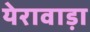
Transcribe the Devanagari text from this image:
येरावाड़ा